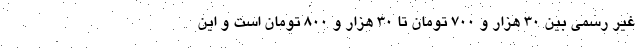
غیر رسمی بین ۳۰ هزار و ۷۰۰ تومان تا ۳۰ هزار و ۸۰۰ تومان است و این